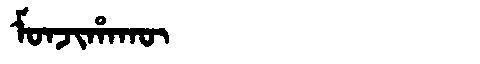
Manchu: ᠮᠣᠨᠵᡳᡥᠠᡴᡡ
Romanization: MONJIHAKŪ